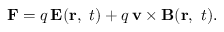
\mathbf { F } = q \, \mathbf { E } ( \mathbf { r } , \ t ) + q \, \mathbf { v } \times \mathbf { B } ( \mathbf { r } , \ t ) .